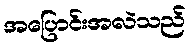
အပြောင်းအလဲသည်